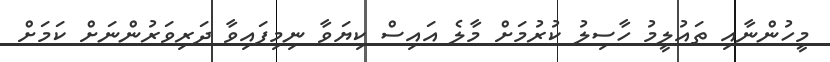
މީހުންނާއި ތައުލީމު ހާސިލު ކުރުމަށް މާލެ އައިސް ކިޔަވާ ނިމިފައިވާ ދަރިވަރުންނަށް ކަމަށް